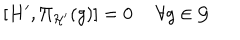
[ H ^ { \prime } , \Pi _ { \cal H ^ { \prime } } ( g ) ] = 0 \ \forall g \in { \cal G }